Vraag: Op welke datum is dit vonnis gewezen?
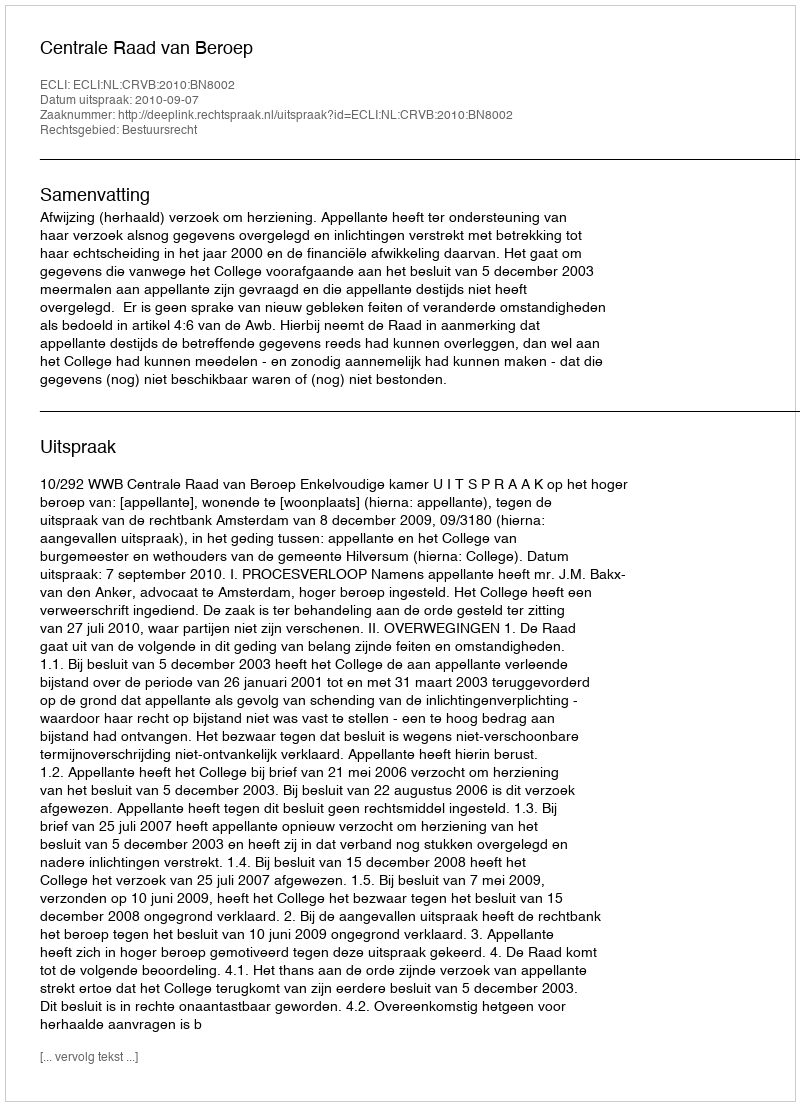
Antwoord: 2010-09-07